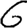
Digit: 6